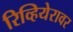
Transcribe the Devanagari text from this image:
रिव्हियेरावर